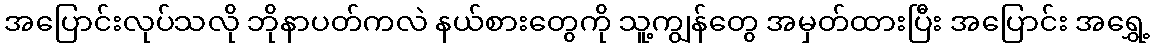
အပြောင်းလုပ်သလို ဘိုနာပတ်ကလဲ နယ်စားတွေကို သူ့ကျွန်တွေ အမှတ်ထားပြီး အပြောင်း အရွှေ့